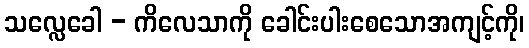
သလ္လေခေါ - ကိလေသာကို ခေါင်းပါးစေသောအကျင့်ကို၊